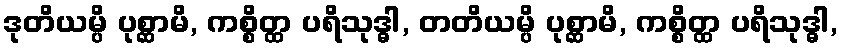
ဒုတိယမ္ပိ ပုစ္ဆာမိ, ကစ္စိတ္ထ ပရိသုဒ္ဓါ, တတိယမ္ပိ ပုစ္ဆာမိ, ကစ္စိတ္ထ ပရိသုဒ္ဓါ,